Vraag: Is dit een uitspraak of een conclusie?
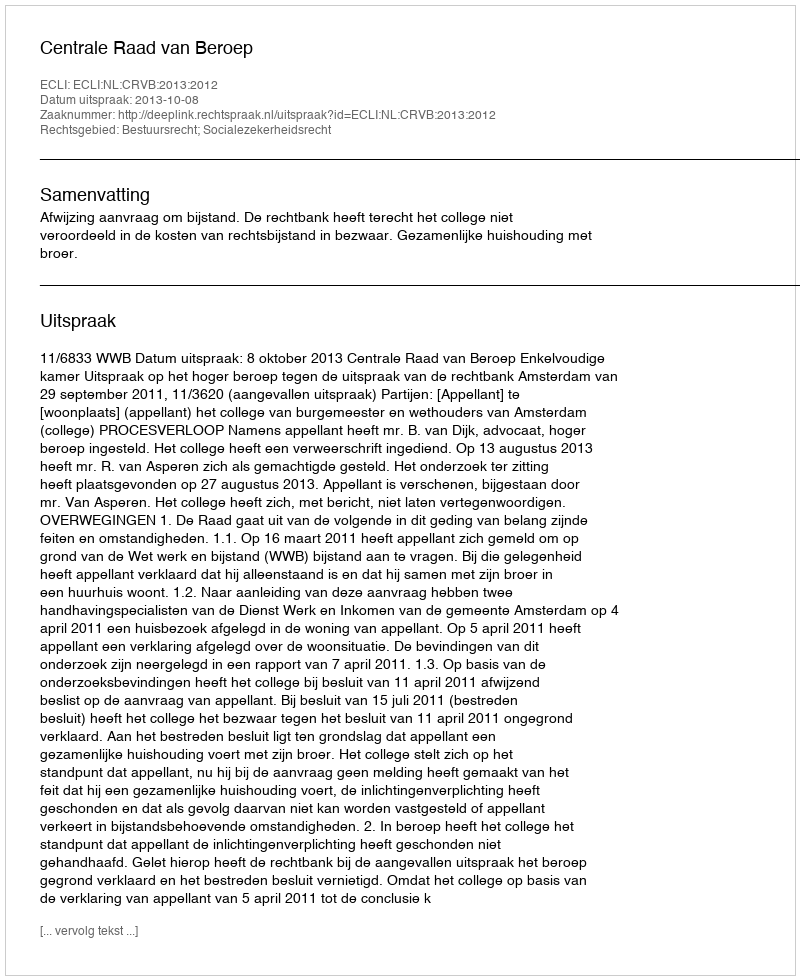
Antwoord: Uitspraak